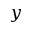
y